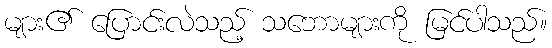
များ၏ ပြောင်းလဲသည့် သဘောများကို မြင်ပါသည်။